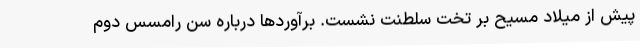
پیش از میلاد مسیح بر تخت سلطنت نشست. برآوردها درباره سن رامسس دوم